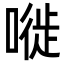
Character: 嘥